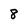
Character: 8